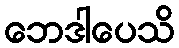
ဘေဒါပေသိ